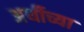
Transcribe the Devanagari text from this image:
अर्थीच्या